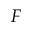
F